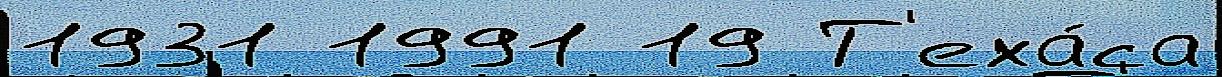
1931 1991 19 Т'еха́са